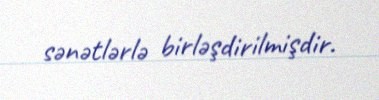
sənətlərlə birləşdirilmişdir.